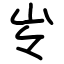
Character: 㞮